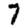
Digit: 7